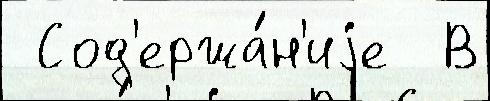
 Сод'ержа́н'иjе  В